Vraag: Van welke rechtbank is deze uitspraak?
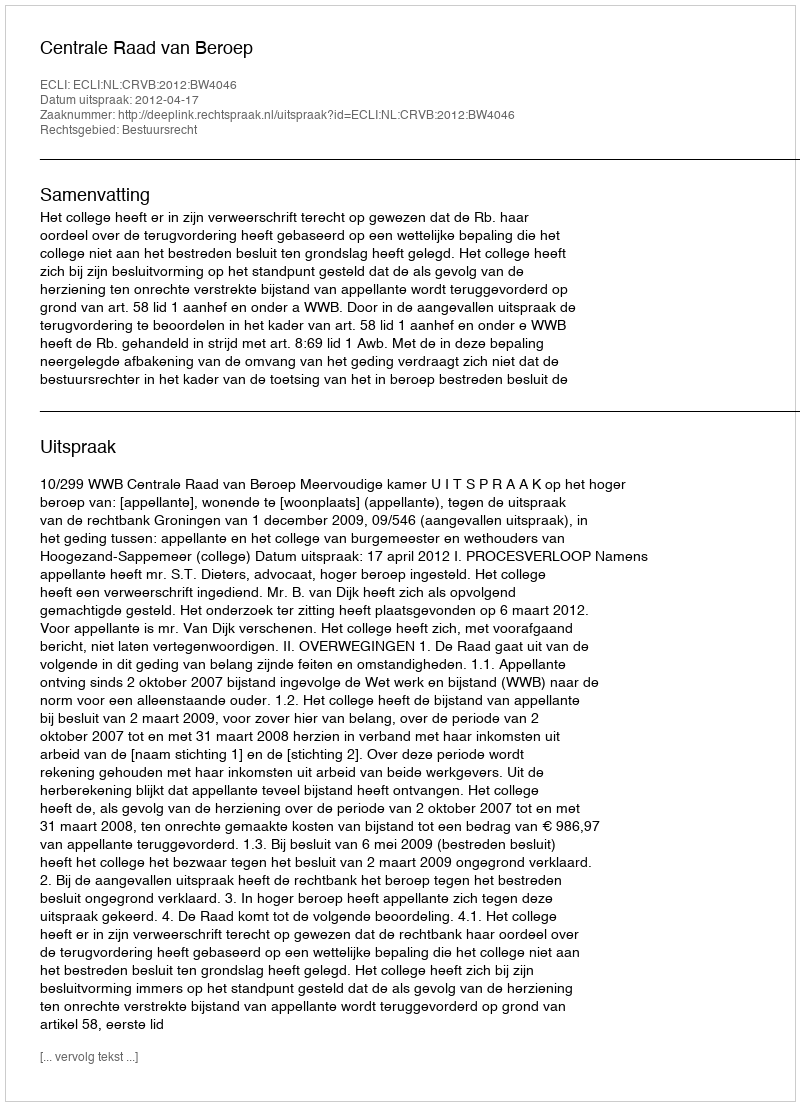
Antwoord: Centrale Raad van Beroep